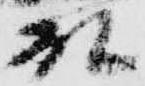
殿